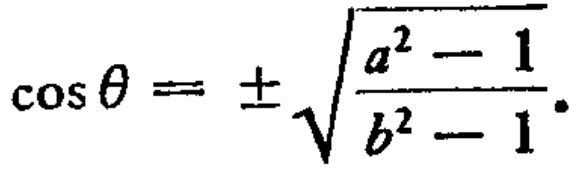
\(\cos \theta = \pm \sqrt{\frac{a^{2} - 1}{b^{2} - 1}}\)